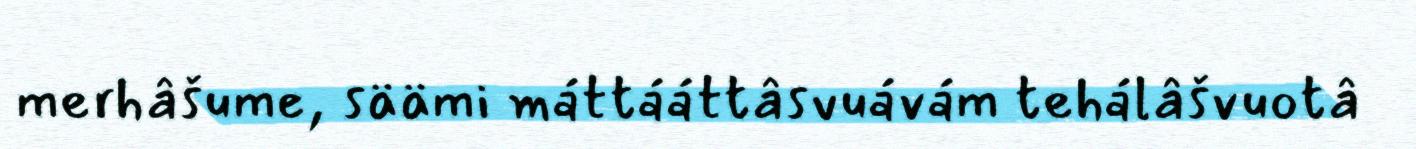
merhâšume, säämi máttááttâsvuávám tehálâšvuotâ